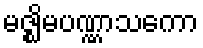
မဇ္ဈိမပဏ္ဏာသကော